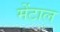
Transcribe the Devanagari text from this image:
मेंटाल